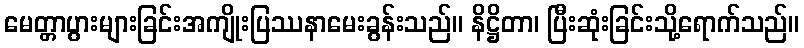
မေတ္တာပွားများခြင်းအကျိုးပြဿနာမေးခွန်းသည်။ နိဋ္ဌိတာ၊ ပြီးဆုံးခြင်းသို့ရောက်သည်။